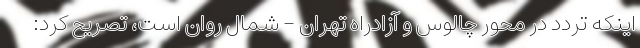
اینکه تردد در محور چالوس و آزادراه تهران - شمال روان است، تصریح کرد: